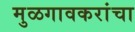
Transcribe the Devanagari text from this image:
मुळगावकरांचा